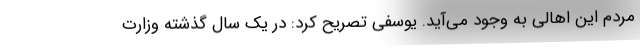
مردم این اهالی به وجود می‌آید. یوسفی تصریح کرد: در یک سال گذشته وزارت